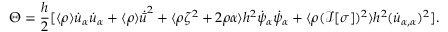
\Theta = \frac { h } { 2 } [ \langle \rho \rangle \dot { u } _ { \alpha } \dot { u } _ { \alpha } + \langle \rho \rangle \dot { \bar { u } } ^ { 2 } + \langle \rho \zeta ^ { 2 } + 2 \rho \alpha \rangle h ^ { 2 } \dot { \psi } _ { \alpha } \dot { \psi } _ { \alpha } + \langle \rho ( \mathcal { I } [ \sigma ] ) ^ { 2 } \rangle h ^ { 2 } ( \dot { u } _ { \alpha , \alpha } ) ^ { 2 } ] .